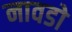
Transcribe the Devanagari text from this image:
नावडो